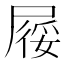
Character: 𡲾